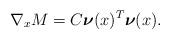
LaTeX: \begin{align*}\nabla_x M=C\boldsymbol{\nu}(x)^T \boldsymbol{\nu}(x). \end{align*}